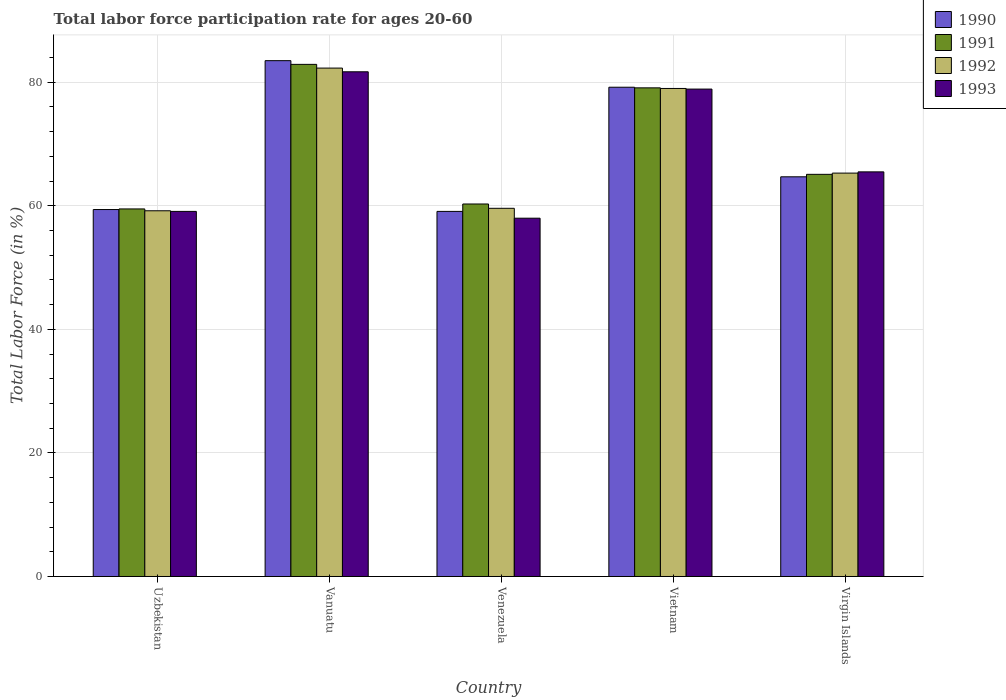
| Country | 1990 | 1991 | 1992 | 1993 |
 | --- | --- | --- | --- | --- |
 | Uzbekistan | 59.4 | 59.5 | 59.2 | 59.1 |
 | Vanuatu | 83.5 | 82.9 | 82.3 | 81.7 |
 | Venezuela | 59.1 | 60.3 | 59.6 | 58 |
 | Vietnam | 79.2 | 79.1 | 79 | 78.9 |
 | Virgin Islands | 64.7 | 65.1 | 65.3 | 65.5 |